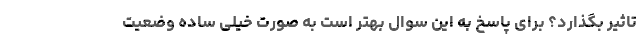
تاثیر بگذارد؟ برای پاسخ به این سوال بهتر است به صورت خیلی ساده وضعیت